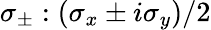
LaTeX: \sigma_{\pm}:(\sigma_{x}\pm i\sigma_{y})/2